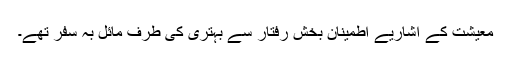
معیشت کے اشاریے اطمینان بخش رفتار سے بہتری کی طرف مائل بہ سفر تھے۔